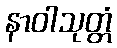
နာဝါသုတ္တံ